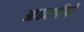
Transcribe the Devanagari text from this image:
आठवणींनी